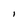
Character: l